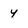
Character: 4